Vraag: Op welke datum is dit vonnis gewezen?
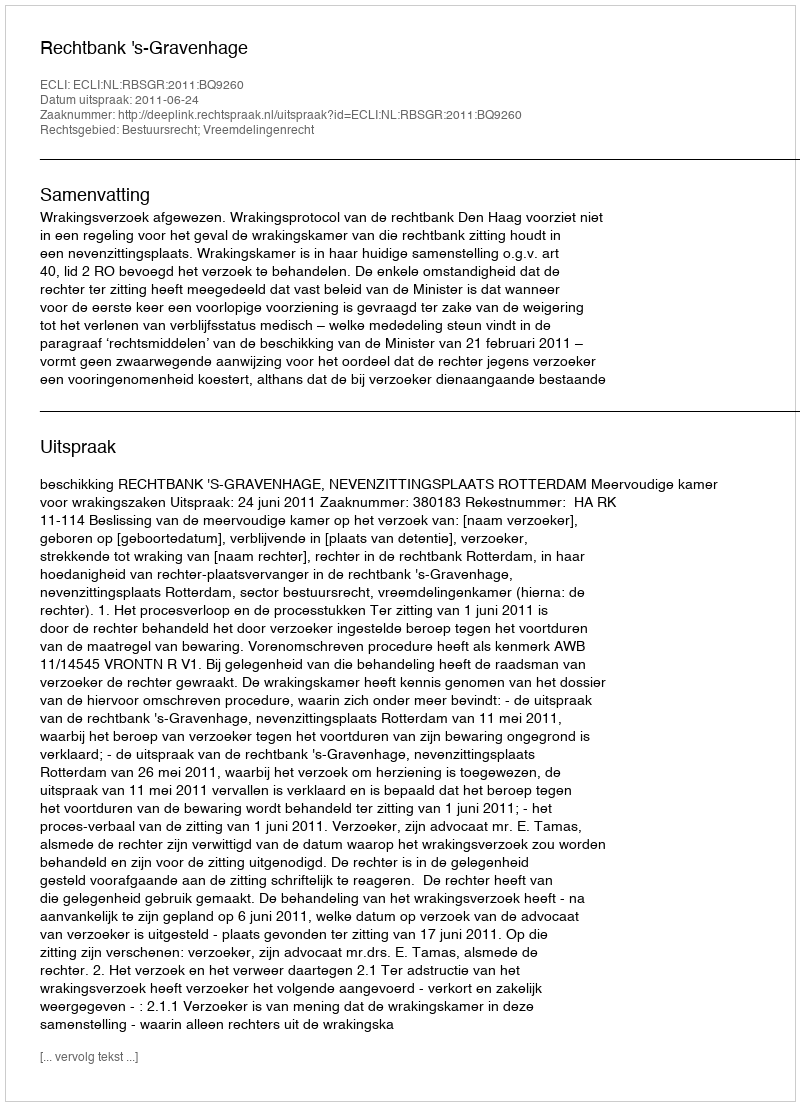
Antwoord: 2011-06-24